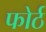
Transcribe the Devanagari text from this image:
फोर्ठ